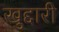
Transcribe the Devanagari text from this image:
खुद्दारी